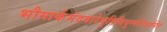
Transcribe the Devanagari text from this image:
भौमार्कमंदवारेषुतिथियुग्मेविवर्जयेत्